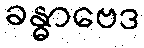
ခန္ဓာဗေဒ